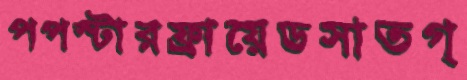
পপস্টারফ্রায়েডসাতগ্